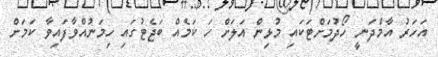
އަހަރު އާމްދަނީ ހޯދުމަށްޓަކައި މުޅިން އަލަށް ހަ ކަމެއް ބަޖެޓުގައި ހިމަނުއްވާފައިވާ ކަމަށް